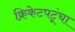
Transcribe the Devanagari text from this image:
क्रिकेटपटूंचा